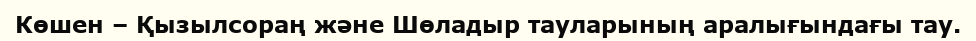
Көшен – Қызылсораң және Шөладыр тауларының аралығындағы тау.